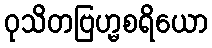
ဝုသိတဗြဟ္မစရိယော